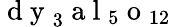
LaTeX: {\mathrm{~d~y~}}_{3}{\mathrm{~a~l~}}_{5}{\mathrm{~o~}}_{12}